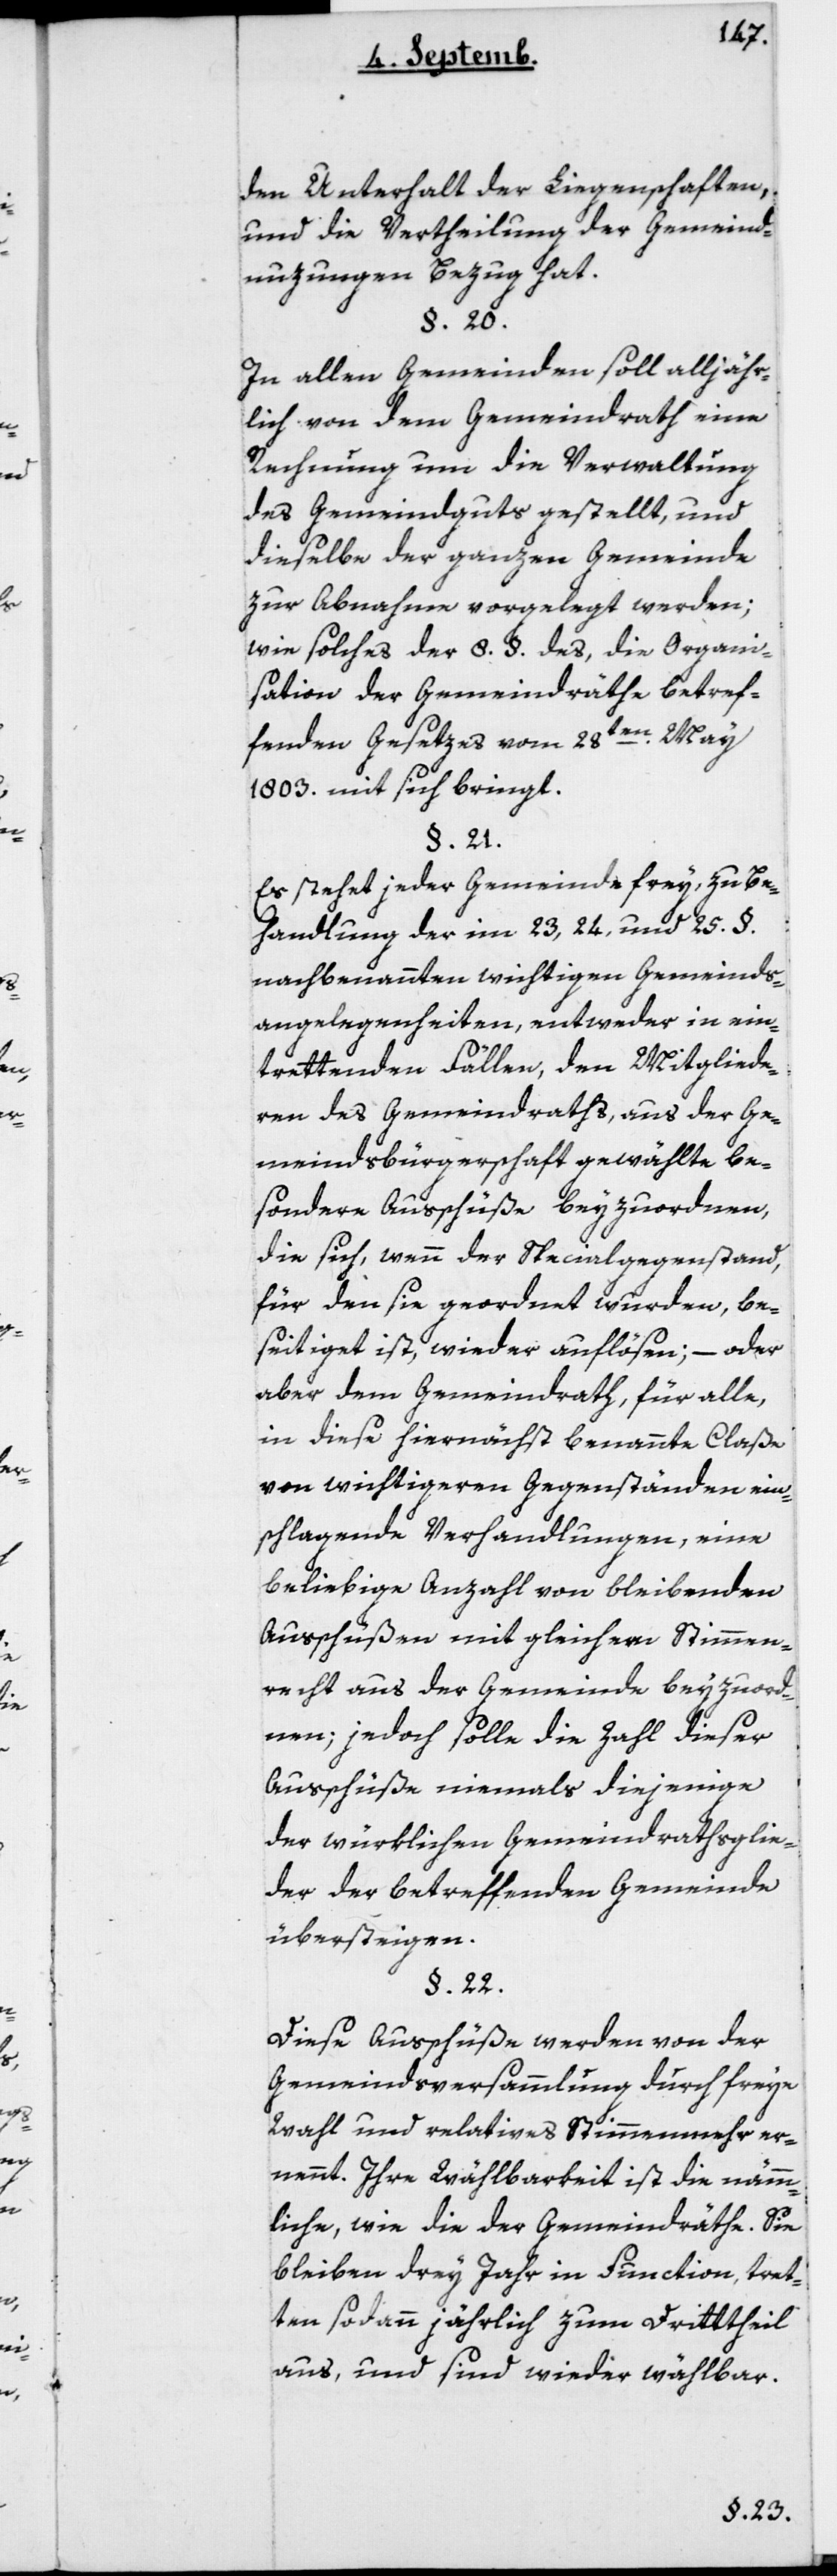
den Unterhalt der Liegenschaften,
und die Vertheilung der Gemeind-N¬
uzungen Bezug hat.
In allen Gemeinden soll alljähr¬
lich von dem Gemeindrath eine
Rechnung um die Verwaltung
des Gemeindguts gestellt, und
dieselbe der ganzen Gemeinde
zur Abnahme vorgelegt werden;
wie solches der 8 § Paragraph des, die Organi¬
sation der Gemeindräthe betref¬
fenden Gesetzes vom 28ten May
1803 mit sich bringt.
Es stehet jeder Gemeinde frey, zu Be¬
handlung der im 23, 24 und 25ten
nachbenannten wichtigen Gemeinds¬
angelegenheiten entweder in ein¬
trettenden Fällen, den Mitgliede¬
rn des Gemeindraths, aus der Ge¬
meindsbürgerschaft gewählte be¬
sondere Ausschüße beyzuordnen,
die sie, wenn der Specialgegenstand,
für den sie geordnet wurden, be¬
seitiget ist, wieder auflösen; – oder
aber dem Gemeindrath, für alle,
in diese hiernächst benannte Claße
von wichtigeren Gegenständen ein¬
schlagende Verhandlungen, eine
beliebige Anzahl von bleibenden
Ausschüßen mit gleichem Stimmen¬
recht aus der Gemeinde beyzuord¬
nen, jedoch solle die Zahl dieser
Ausschüße niemals diejenige
der würklichen Gemeindrathsglie¬
der der betreffenden Gemeinde
übersteigen.
§ 22
Diese Ausschüße werden von der
Gemeindsversammlung durch freye
Wahl und relatives Stimmenmehr er¬
nennt. Ihre Wählbarkeit ist die nämm¬
liche, wie die der Gemeindräthe. Sie
bleiben drey Jahre in Function, tret¬
ten sodann jährlich zum Dritttheil
aus, und sind wieder wählbar.